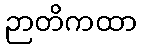
ဉာတိကထာ